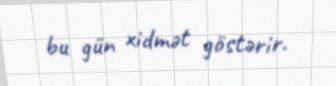
bu gün xidmət göstərir.